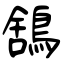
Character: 鵨